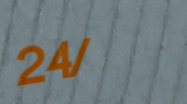
24/7